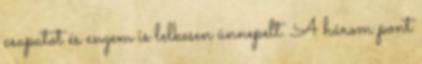
csapatot és engem is lelkesen ünnepelt. A három pont